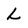
Character: L